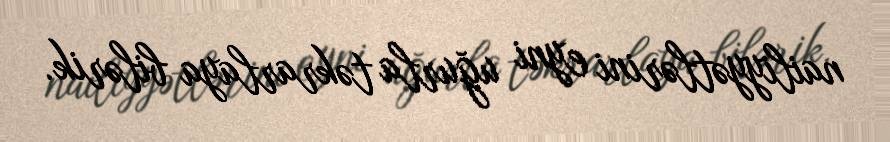
nailiyyətlərini eyni uğurla təkrarlaya bilərik.